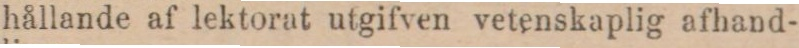
hållande af lektorat utgifven vetenskaplig afhand-